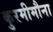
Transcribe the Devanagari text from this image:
कुरमीमौना